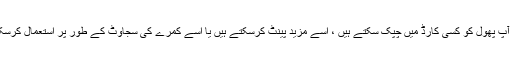
11. اب آپ پھول کو کسی کارڈ میں چپک سکتے ہیں ، اسے مزید پینٹ کرسکتے ہیں یا اسے کمرے کی سجاوٹ کے طور پر استعمال کرسکتے ہیں۔